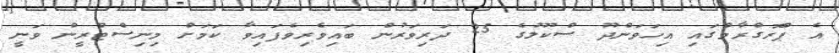
އެ ޕްރޮގްރާމްގައި އިހަވަންދޫ ސްކޫލުގެ 25 ދަރިވަރުން ބައިވެރިވެފައިވާ ކަމަށް މިނިސްޓްރީން ވަނީ